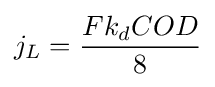
j_{L}={\frac {Fk_{d}COD}{8}}